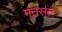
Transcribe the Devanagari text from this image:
मतसल